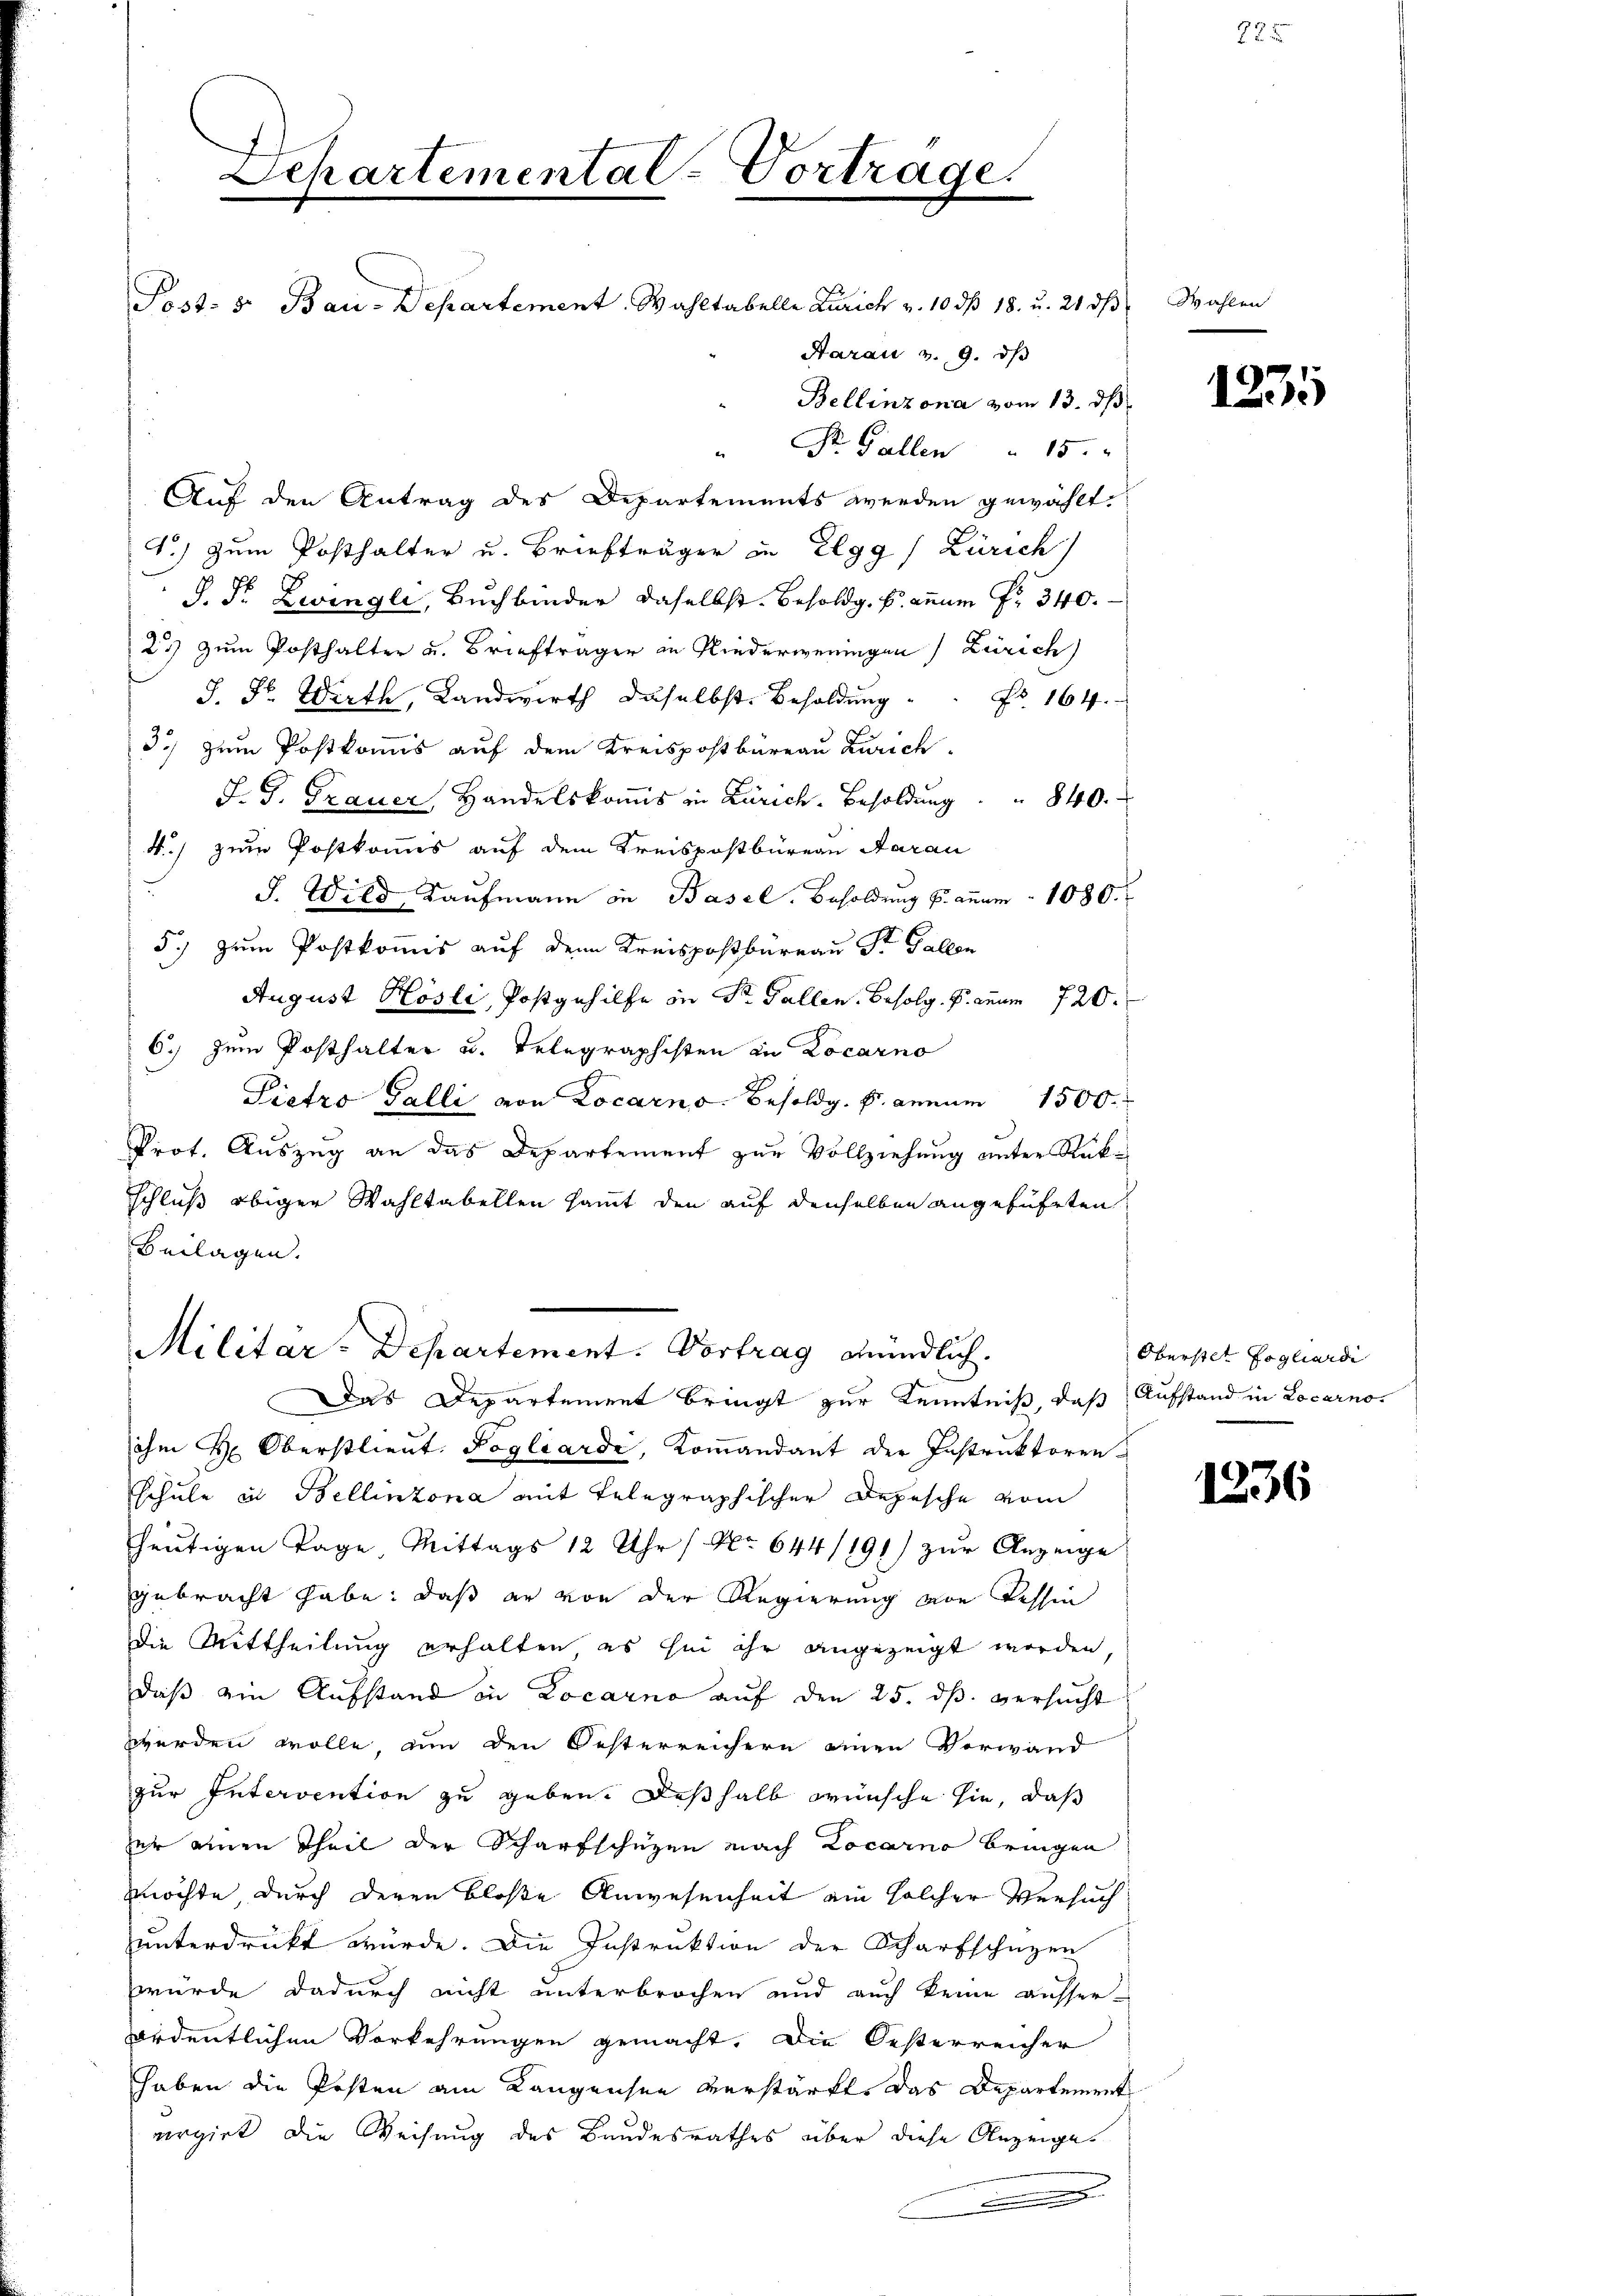
Separtemental-Vortrage.
Post- & Bau-Departement. Wahltabelle Zürich v. 10 dß 18. u. 21. ds
Aarau v. 9. ds

Bellinzona vom 13. ds
" Dr. Gallen " 15.
Auf den Antrag des Departements werden gewählt.
T.) Zum Posthalter u. Briefträger in Elgg / Zürich
J. Fr. Zwingli, Buchbinder daselbst. Besoldg. B. annum Fr. 340.
2) zum Posthalter u. Briefträger in Niederweningen Zürich
J. St. Wirth, Landwirth daselbst. Besoldung " Fr. 164.
d.) zum Postkomis auf dem Kreispostbüreau Zürich
J. G. Frauer, Handelskomis in Zürich. Besoldung        8 40.
4.) zum Postkomis auf dem Kreispostbüreau Aarau
J. Wild, Kaufmann in Basel, Besoldung u. anum. 1080.
5.) zum Postkomis auf dem Kreispostbüreau St. Gallen
August Hösli, Postgehilfe in Dr. Gallen. Befolg. P. anne 720.
6.) Dem Posthalter u. Telegraphisten in Locarno
Pietro Galli von Locarno. Besoldg. P. annum 1500.
Prot. Auszug an das Departement zur Vollziehung unter Rük¬
Schluß obiger Wahltabellen sammt den auf denselben angeführten
Beilagen.
Militar-Departement. Vortrag mündlich.
Das Departement bringt zur Kenntniß, daß Aufstand in Locarnoihm H. Oberstlieut. Pogliarde, Kommandant der Instruktoren
schule in Bellinzona mit Telegraphischer Depesche vom
heutigen Tage Mittags 12 Uhr (Nr. 644/191) zur Anzeige
gebracht habe; daß er von der Regierung von Tessin
Die Mittheilung erhalten es sei ihr angezeigt worden,
daß ein Aufstand in Locarno auf den 25. dß. versucht
werden wolle, um den Oesterreichern einen Vorwand
zur Intervention zu geben. Deßhalb wünsche sie, daß
zer einen Theil der Scharfschüzen nach Locarno bringen
möchte, durch deren bloße Anwesenheit ein solcher Versuch
unterdrückt würde. Die Instruktion der Scharfschüzen
wurde dadurch nicht unterbrochen und auch keine ausserordentlichen Vorkehrungen gemacht. Die Oesterreicher
haben die Posten am Langensee verstärft. Das Departement
vergieb die Weisung des Bandesrathes über diese Anzeiges
n

Wahlen

225

1231

Oberstet fogliardi

1236